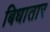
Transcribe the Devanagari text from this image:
बिधातार